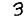
Digit: 3